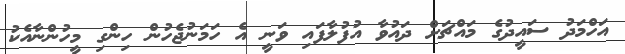
އަހްމަދު ސައީދުގެ މައްޗަށް ދައުވާ އުފުލާފައި ވަނީ އެ ހަމަނުޖެހުން ހިންގި މީހުންނާއެކު